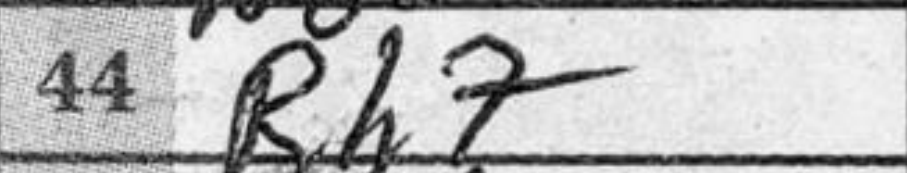
Transcription: Rh7